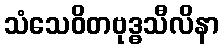
သံသေဝိတဗုဒ္ဓသီလိနာ